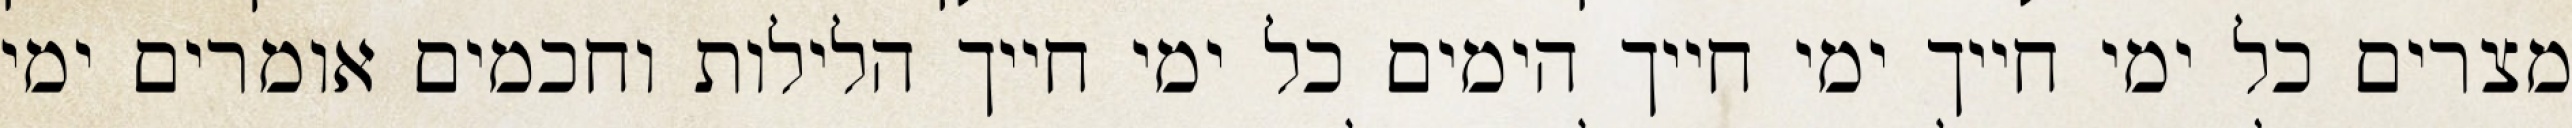
מצרים כל ימי חייך ימי חייך הימים כל ימי חייך הלילות וחכמים אומרים ימי